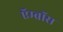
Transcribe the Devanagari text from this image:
ऍम्ब्रॉस